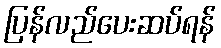
ပြန်လည်ပေးဆပ်ရန်